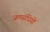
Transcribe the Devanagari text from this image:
जलसंधियों